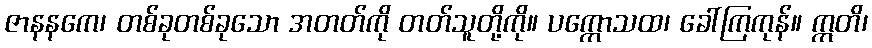
ဇာနနကေ၊ တစ်ခုတစ်ခုသော အတတ်ကို တတ်သူတို့ကို။ ပက္ကောသထ၊ ခေါ်ကြကုန်။ ဣတိ၊